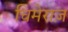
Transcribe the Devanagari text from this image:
चिमेराज़